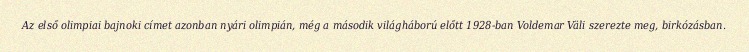
Az első olimpiai bajnoki címet azonban nyári olimpián, még a második világháború előtt 1928-ban Voldemar Väli szerezte meg, birkózásban.